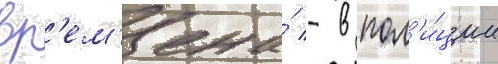
вр'ем'ена́ - в пол'и́ции